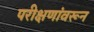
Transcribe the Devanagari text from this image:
परीक्षणांवरून